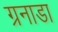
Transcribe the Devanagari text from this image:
ग्रनाडा